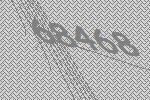
68468